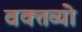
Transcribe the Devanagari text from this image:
वक्तव्यो